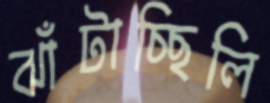
ঝাঁটাচ্ছিলি